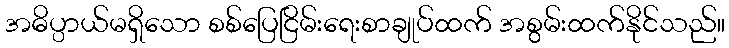
အဓိပ္ပာယ်မရှိသော စစ်ပြေငြိမ်းရေးစာချုပ်ထက် အစွမ်းထက်နိုင်သည်။